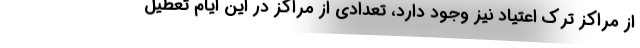
از مراکز ترک اعتیاد نیز وجود دارد، تعدادی از مراکز در این ایام تعطیل